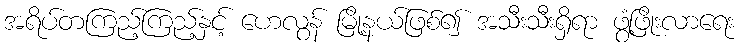
အရိပ်တကြည့်ကြည့်နှင့် ဟေလွန် မြို့နယ်ဖြစ်၍ အသီးသီးရှိရာ ဖွံ့ဖြိုးလာရေး